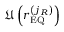
\mathfrak { U } \left( r _ { \mathrm { E Q } } ^ { \left( j _ { R } \right) } \right)